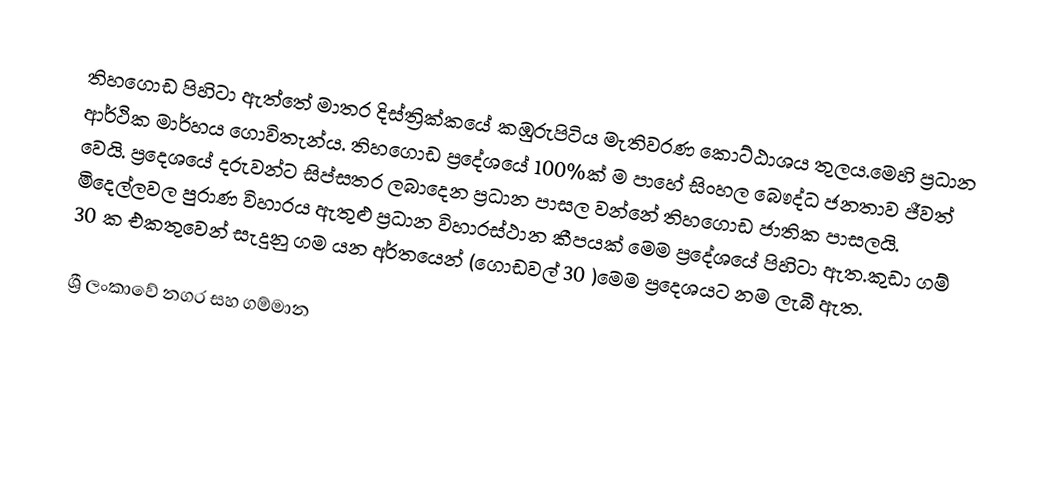
තිහගොඩ පිහිටා ඇත්තේ මාතර දිස්ත්‍රික්කයේ කඹුරුපිටිය මැතිවරණ කොට්ඨාශය තුලය.මෙහි ප්‍රධාන ආර්ථික මාර්හය ගොවිතැන්ය. තිහගොඩ ප්‍රදේශයේ 100%ක් ම පාහේ සිංහල බෞද්ධ ජනතාව ජීවත් වෙයි. ප්‍රදෙශයේ දරුවන්ට සිප්සතර ලබාදෙන ප්‍රධාන පාසල වන්නේ තිහගොඩ ජාතික පාසලයි.  මිදෙල්ලවල පුරාණ විහාරය ඇතුළු ප්‍රධාන විහාරස්ථාන කීපයක් මෙම ප්‍රදේශයේ පිහිටා ඇත.කුඩා ගම් 30 ක එකතුවෙන් සැදුනු ගම යන අර්තයෙන් (ගොඩවල් 30 )මෙම ප්‍රදෙශයට නම ලැබී ඇත.

ශ්‍රී ලංකාවේ නගර සහ ගම්මාන